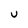
Character: U